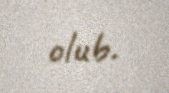
olub.